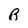
Character: B